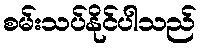
စမ်းသပ်နိုင်ပါသည်